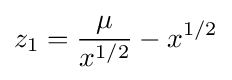
z_{1}={\frac {\mu }{x^{1/2}}}-x^{1/2}